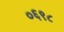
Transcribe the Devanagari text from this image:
०६९८